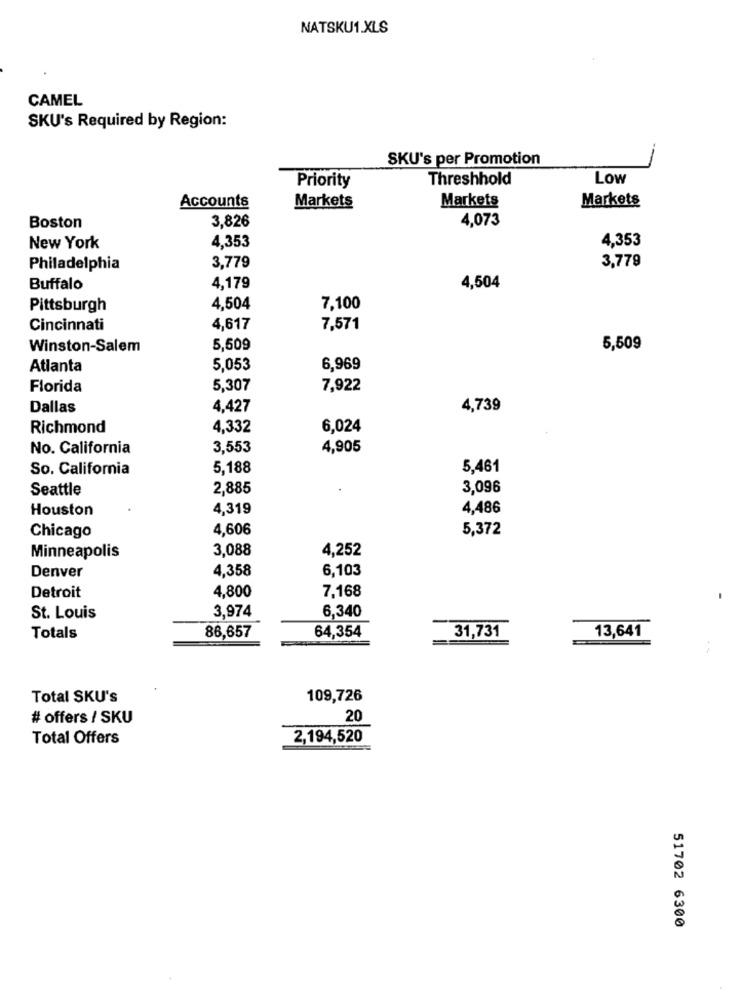
NATSKU1.XLS
CAMEL
SKU's Required by Region:
--
SKU's per Promotion
Priority
Threshhold
Low
Markets
Markets
Accounts
Markets
4,073
Boston
3,826
4,353
4,353
New York
3,779
3,779
Philadelphia
Buffalo
4,179
4,504
Pittsburgh
4,504
7,100
Cincinnati
4,617
7,571
Winston-Salem
5,509
5,509
Atlanta
5,053
6,969
Florida
5,307
7,922
Dallas
4,427
4,739
Richmond
4,332
6,024
No. California
3,553
4,905
So. California
5,188
5,461
Seattle
2,885
3,096
Houston
4,319
4,486
4,606
5,372
Chicago
3,088
4,252
Minneapolis
Denver
4,358
6,103
4,800
7,168
Detroit
3,974
6,340
St. Louis
Totals
86,657
64,354
31,731
13,641
Total SKU's
109,726
# offers / SKU
20
Total Offers
2,194,520
51702 6300